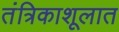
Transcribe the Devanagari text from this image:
तंत्रिकाशूलात